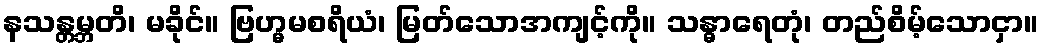
နသန္တမ္ဘတိ၊ မခိုင်။ ဗြဟ္မမစရိယံ၊ မြတ်သောအကျင့်ကို။ သန္ဓာရေတုံ၊ တည်စိမ့်သောငှာ။